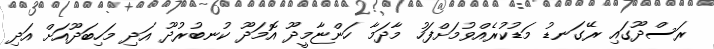
ރަސްދޫގައި ރޭގަނޑު މަޑުކުރެއްވުމަށްފަހު މާދަމާ ހަންޏާމީދޫ އޮމަދޫ ކުނބުރުދޫ އަދި މަހިބަދޫއަށް އަދި